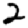
Digit: 2